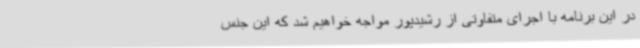
در این برنامه با اجرای متفاوتی از رشیدپور مواجه خواهیم شد که این جنس